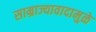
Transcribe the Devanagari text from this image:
साम्राज्यावादामुळे